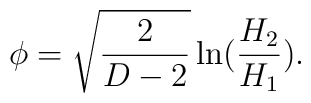
\phi=\sqrt{\frac{2}{D-2}}\ln(\frac{H_{2}}{H_{1}}).